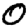
Digit: 0